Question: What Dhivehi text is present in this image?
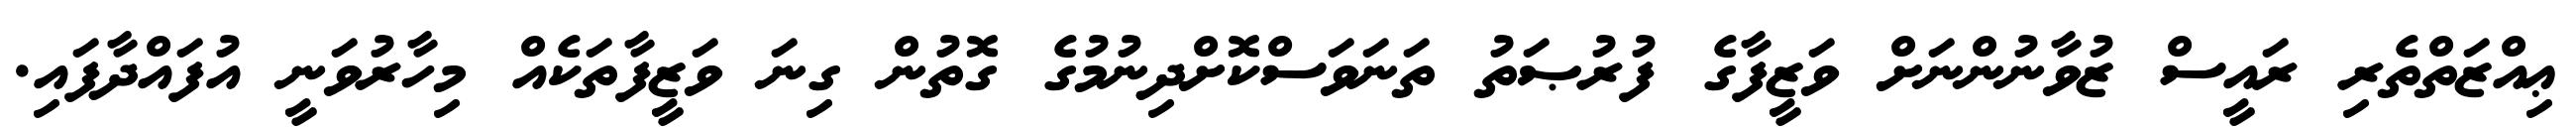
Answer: ޢިއްޒަތްތެރި ރައީސް ޒުވާނުންނަށް ވަޒީފާގެ ފުރުޞަތު ތަނަވަސްކޮށްދިނުމުގެ ގޮތުން ގިނަ ވަޒީފާތަކެއް މިހާރުވަނީ އުފައްދާފައި.